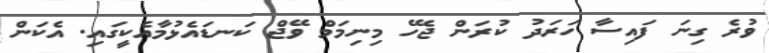
ވުރެ ގިނަ ފައިސާ ހަރަދު ކުރަން ޖެހޭ މިނިމަމް ވޭޖް ކަނޑައެޅުމާއެކީގައި. އެކަން